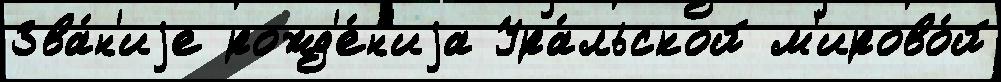
Зва́н'иjе рожд'е́н'иjа Ура́льской м'ирово́й